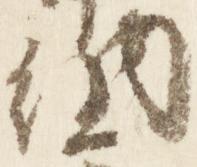
納